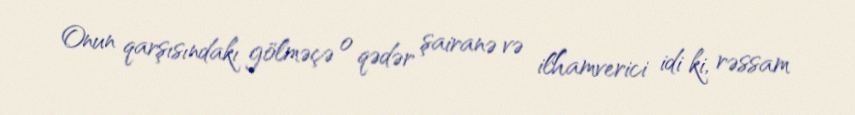
Onun qarşısındakı gölməçə o qədər şairanə və ilhamverici idi ki, rəssam